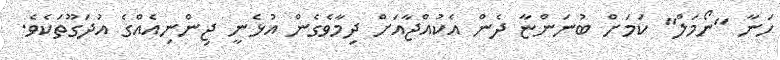
ހަނާ "ނޯމަލް" ކަމަށް ބުނަންޏާ ދެން އެކުއްޖާއަށް ދިމާވެގެން އުޅެނީ ޖިންނިއެއްގެ އުދަގޫތަކެވެ.